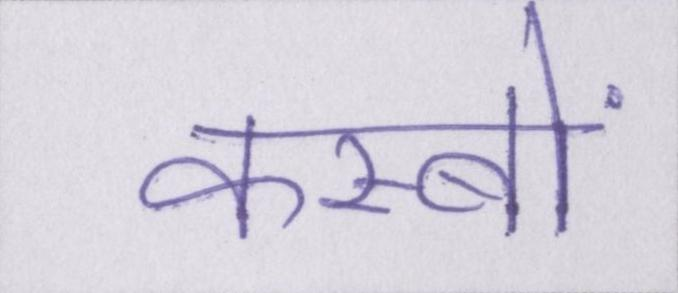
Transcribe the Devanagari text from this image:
कस्बों